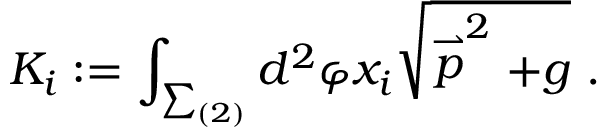
K _ { i } : = \int _ { \sum _ { ( 2 ) } } d ^ { 2 } \varphi x _ { i } \sqrt { \stackrel { \rightharpoonup } { p } ^ { 2 } + g } \ .